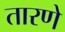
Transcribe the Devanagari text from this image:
तारणे